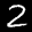
Label: 2